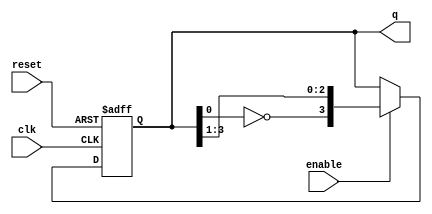
module johnson_counter (
    input wire clk,
    input wire reset,
    input wire enable,
    output reg [3:0] q
);

    // State transition logic for the Johnson counter
    always @(posedge clk or posedge reset) begin
        if (reset) begin
            q <= 4'b0000; // Reset state
        end else if (enable) begin
            q <= {~q[0], q[3:1]}; // Shift and invert the LSB
        end
    end

endmodule